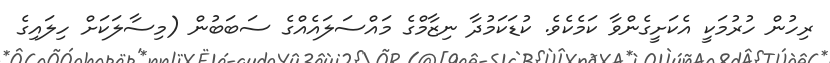
ރިހުން ހުރުމަކީ އެކަށީގެންވާ ކަމެކެވެ. ކުޑަކަމުދާ ނިޒާމްގެ މައްސަލައެއްގެ ސަބަބުން (މިސާލަކަށް ހިލައިގެ